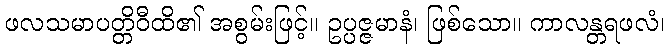
ဖလသမာပတ္တိဝီထိ၏ အစွမ်းဖြင့်။ ဥပ္ပဇ္ဇမာနံ၊ ဖြစ်သော။ ကာလန္တရဖလံ၊